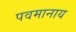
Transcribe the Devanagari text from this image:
पवमानाय